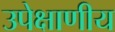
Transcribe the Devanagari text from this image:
उपेक्षाणीय